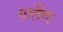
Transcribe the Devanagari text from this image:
गार्लैण्ड